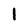
Character: 1